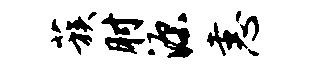
蔟肘源恚